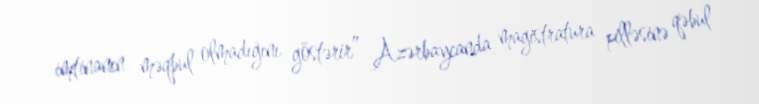
imtinanın məqbul olmadığını göstərir” Azərbaycanda magistratura pilləsinə qəbul